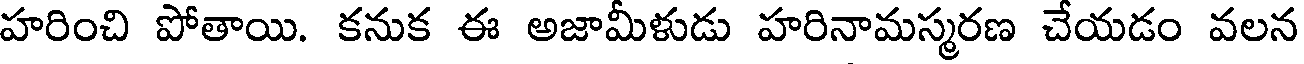
హరించి పోతాయి. కనుక ఈ అజామీళుడు హరినామస్మరణ చేయడం వలన